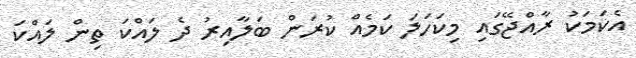
އެކަމަކު ރާއްޖޭގައި މިކަހަލަ ކަމެއް ކުރަން ބަލާއިރު ދެ ލައްކަ ތިން ލައްކަ